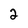
Character: 2